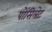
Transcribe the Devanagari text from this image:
पोंसिलेट